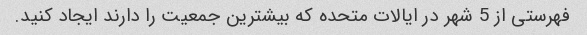
فهرستی از 5 شهر در ایالات متحده که بیشترین جمعیت را دارند ایجاد کنید.